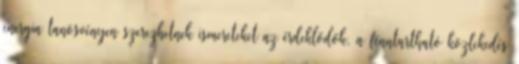
energia tanösvényen szerezhetnek ismereteket az érdeklődők, a fenntartható közlekedés